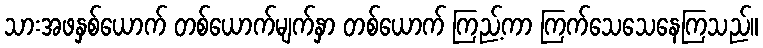
သားအဖနှစ်ယောက် တစ်ယောက်မျက်နှာ တစ်ယောက် ကြည့်ကာ ကြက်သေသေနေကြသည်။